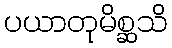
ပယာတုမိစ္ဆသိ